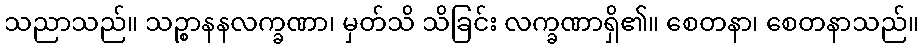
သညာသည်။ သဉ္စာနနလက္ခဏာ၊ မှတ်သိ သိခြင်း လက္ခဏာရှိ၏။ စေတနာ၊ စေတနာသည်။